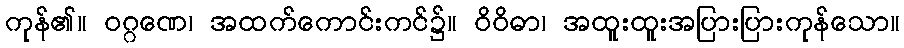
ကုန်၏။ ဝဂ္ဂဏေ၊ အထက်ကောင်းကင်၌။ ဝိဝိဓာ၊ အထူးထူးအပြားပြားကုန်သော။